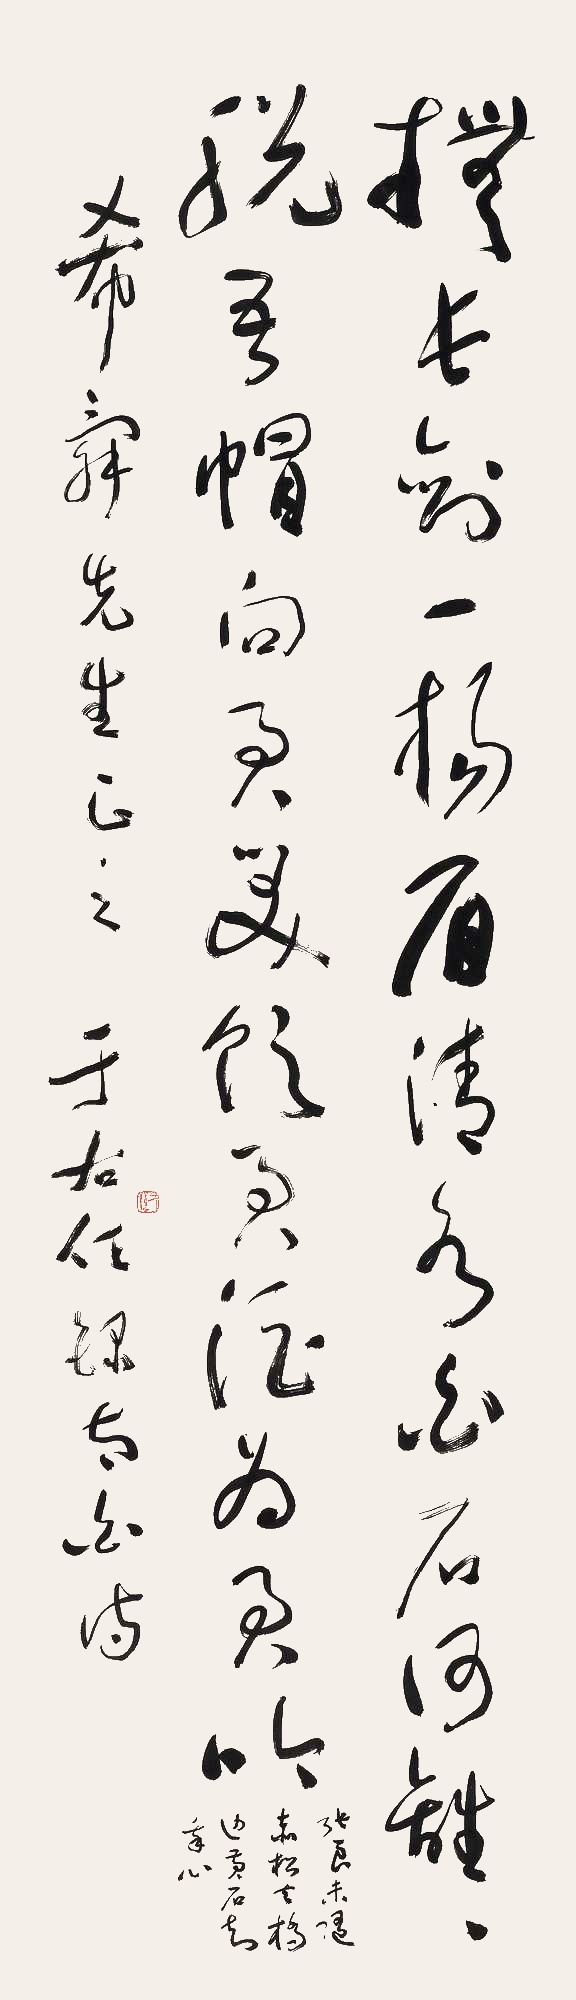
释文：抚长剑，一扬眉，清水白石何离离。脱吾帽，向君笑。饮君酒，为君吟。张良未随赤松去，桥边黄石知我心。希舜先生正之。于右任录太白诗。